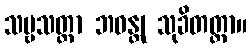
သဗ္ဗသတ္တာ ဘဝန္တု သုခိတတ္တာ။